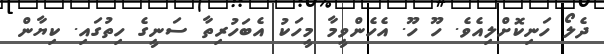
ދެލޯ ހަނިކޮށްލިއެވެ. ހޫ ހޫ. އެހެންވީމާ މީހަކު އެބަހުރިތާ ސަނީގެ ހިތުގައި. ކިޔާން